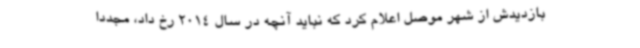
بازدیدش از شهر موصل اعلام کرد که نباید آنچه در سال 2014 رخ داد، مجددا